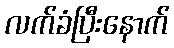
လက်ခံပြီးနောက်